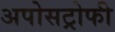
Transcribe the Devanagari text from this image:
अपोसट्रोफी